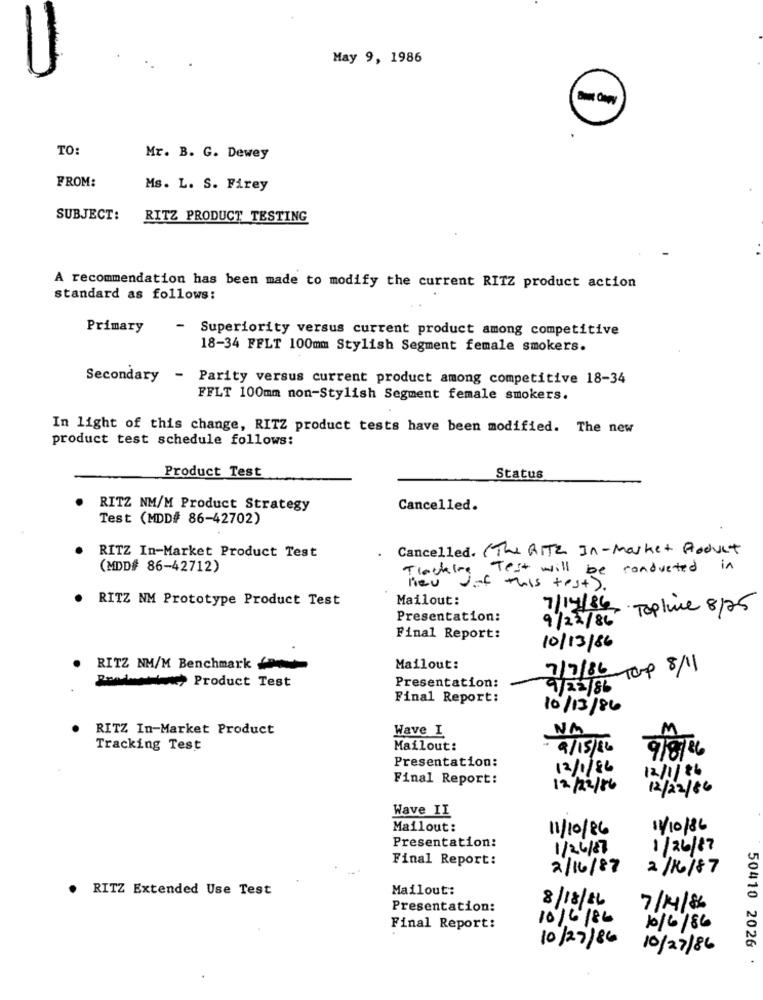
May 9, 1986
TO:
Mr. B. G. Dewey
FROM:
Ms. L. S. Firey
SUBJECT:
RITZ PRODUCT TESTING
A recommendation has been made to modify the current RITZ product action
standard as follows:
Primary
-
Superiority versus current product among competitive
18-34 FFLT 100mm Stylish Segment female smokers.
Secondary
- Parity versus current product among competitive 18-34
FFLT 100mm non-Stylish Segment female smokers.
In light of this change, RITZ product tests have been modified. The new
product test schedule follows:
Product Test
Status
RITZ NM/M Product Strategy
Cancelled.
Test (MDD# 86-42702)
RITZ In-Market Product Test
· Cancelled. ( The RITZ In-Market Roduct
(MDD# 86-42712)
Tracking
Test will be conducted in
heu Jof this test).
. RITZ NM Prototype Product Test
Mailout:
7/17/86, Toplice 8/25
Presentation:
9/22/86
Final Report:
10/13/86
RITZ NM/M Benchmark
Mailout:
7/7/86 Top 8/11
Production Product Test
Presentation:
9/22/86
Final Report:
10/13/86
RITZ In-Market Product
Wave I
NA
Tracking Test
Mailout:
9/15/86
Presentation:
12/1/86
Final Report:
12/1/86
12/22/86
12/22/86
Wave II
Mailout:
11/10/86
11/10/86
Presentation:
1/26/87
1/26/87
Final Report:
2/16/87
2/16/87
RITZ Extended Use Test
Mailout:
8/18/16
Presentation:
7/14/86
10/6/86
Final Report:
10/6/86
10/27/86
50410 2026
10/27/86